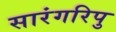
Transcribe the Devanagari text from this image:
सारंगरिपु